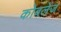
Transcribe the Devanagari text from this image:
कोबलेंज